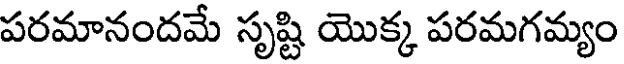
పరమానందమే సృష్టి యొక్క పరమగమ్యం